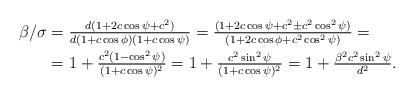
LaTeX: \begin{align*}\beta/\sigma&=\tfrac{d(1+2c\cos{\psi}+c^2)}{d(1+c\cos{\phi})(1+c\cos{\psi})}=\tfrac{(1+2c\cos{\psi}+c^2\pm c^2\cos^2{\psi})}{(1+2c\cos{\phi}+c^2\cos^2{\psi})}=\\&=1+\tfrac{c^2(1-\cos^2{\psi})}{(1+c\cos{\psi})^2}=1+\tfrac{c^2\sin^2{\psi}}{(1+c\cos{\psi})^2}=1+\tfrac{\beta^2 c^2\sin^2{\psi}}{d^2}.\end{align*}